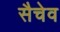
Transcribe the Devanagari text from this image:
सैचेव